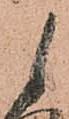
に